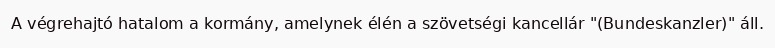
A végrehajtó hatalom a kormány, amelynek élén a szövetségi kancellár "(Bundeskanzler)" áll.